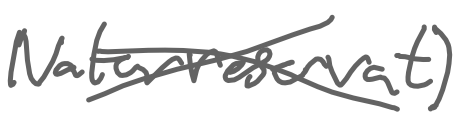
Text: naturreservat)
Cross-out: cross
Writing tool: digital_gray